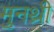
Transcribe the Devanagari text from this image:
मुनथ्री